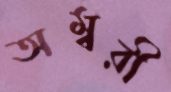
অম্বরী